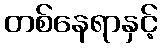
တစ်နေရာနှင့်